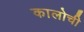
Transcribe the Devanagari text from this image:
कालोची